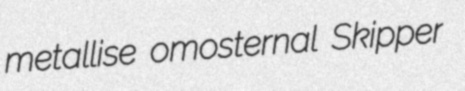
metallise omosternal Skipper